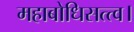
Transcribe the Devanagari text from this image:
महाबोधिसत्त्व।